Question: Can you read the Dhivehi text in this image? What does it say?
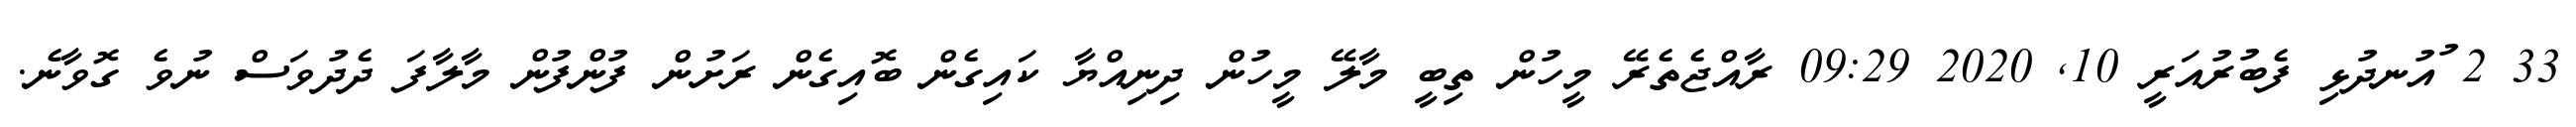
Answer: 33 2 ުއުނދުޅި ފެބުރުއަރީ 10, 2020 09:29 ރާއްޖެތެރޭ މީހުން ތިބީ މާލޭ މީހުން ދިނިއްޔާ ކައިގެން ބޮއިގެން ރަށުން ފުންފުން މާލާފަ ދެދުވަސް ނުވެ ގޮވާނެ.